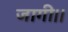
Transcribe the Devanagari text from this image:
जागी।।